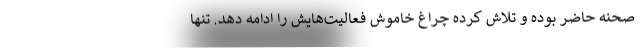
صحنه حاضر بوده و تلاش کرده چراغ خاموش فعالیت‌هایش را ادامه دهد. تنها